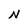
Character: N